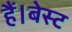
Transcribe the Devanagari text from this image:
हैं।बेस्ट